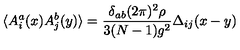
\langle A _ { i } ^ { a } ( x ) A _ { j } ^ { b } ( y ) \rangle = \frac { \delta _ { a b } ( 2 \pi ) ^ { 2 } \rho } { 3 ( N - 1 ) g ^ { 2 } } \Delta _ { i j } ( x - y )